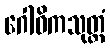
ဂေါဓိကသုတ္တံ